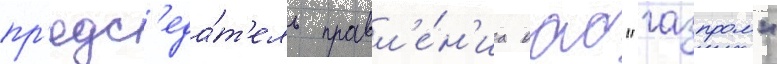
пр'едс'еда́т'ель правл'е́н'иа оао "газпром"